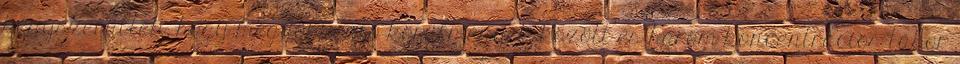
kényszerültek, hogy megdöbbentő körülmények között és három koncentrációs tábor